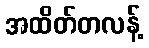
အထိတ်တလန့်